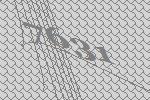
7631